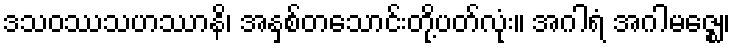
ဒသဝဿသဟဿာနိ၊ အနှစ်တသောင်းတို့ပတ်လုံး။ အဂါရံ အဂါမဇ္ဈေ၊